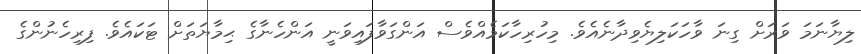
ލިޔާނަމަ ވަރަށް ގިނަ ވާހަކަލިޔެވިދާނެއެވެ. މިހުރިހާކަމެއްވެސް އަންގަވާފައިވަނީ އަންހެނާގެ ޙިމާޔަތަށް ޓަކައެވެ. ފިރިހެނުންގެ